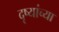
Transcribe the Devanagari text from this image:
दृष्यांच्या